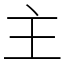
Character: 主